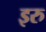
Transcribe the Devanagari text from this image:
इरु